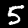
Digit: 5